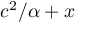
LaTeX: c ^ { 2 } / \alpha + x